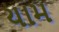
યામ